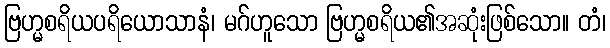
ဗြဟ္မစရိယပရိယောသာနံ၊ မဂ်ဟူသော ဗြဟ္မစရိယ၏အဆုံးဖြစ်သော။ တံ၊